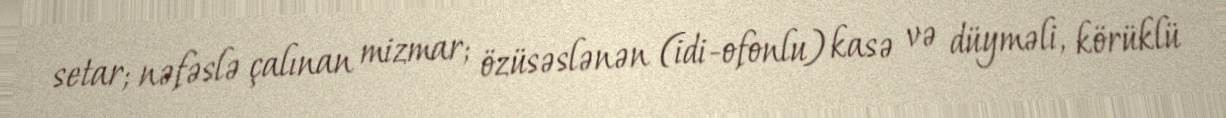
setar; nəfəslə çalınan mizmar; özüsəslənən (idi-ofonlu) kasə və düyməli, körüklü